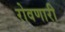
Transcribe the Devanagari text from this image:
रोवणारी